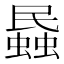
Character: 蟁